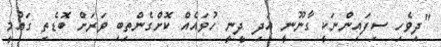
"ދިވެހި ސިފައިންނަކީ ގާނޫނީ އަދި ދީނީ ހުވައެއް ކޮށްގެންތިބި ވަރަށް ބޮޑެތި ގައުމީ